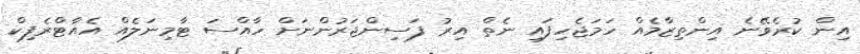
އިން ކުރެވޭނެ އިންތިޒާމެއް ހަމަޖެހިފައި ނެތް އިރު ފަސިންޖަރުންނަށް ހާއްސަ ޓާމިނަލެއް އެއާޓްރެފިކް